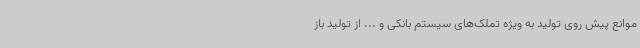
موانع پیش روی تولید به ویژه تملک‌های سیستم بانکی و ... از تولید باز